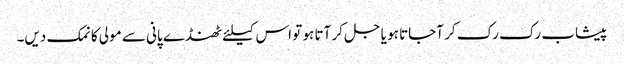
پیشاب رک رک کر آجاتا ہو یا جل کر آتا ہو تو اس کیلئے ٹھنڈے پانی سے مولی کا نمک دیں۔